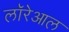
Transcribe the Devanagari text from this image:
लॉरेआल